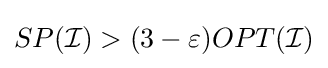
SP({\mathcal {I}})>(3-\varepsilon )OPT({\mathcal {I}})